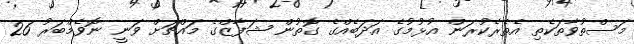
މަސްތުވާތަކެތި އެތެރެކުރަން އުޅުމުގެ އަދަބެއްގެ ގޮތުން ޝަފާޒްގެ މައްޗަށް ވަނީ ނޮވެމްބަރު 26